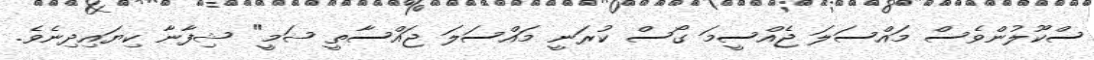
ސްކޫލުންވެސް މައްސަލަ ޖެއްސީމަ ގޯސް ކުރަނީ މައްސަލަ ޖައްސާތީ ޝަމީ" ޝިފާނާ ކިޔައިދިނެވެ.